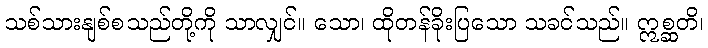
သစ်သားနျစ်စသည်တို့ကို သာလျှင်။ သော၊ ထိုတန်ခိုးပြသော သခင်သည်။ ဣစ္ဆတိ၊